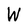
Character: W